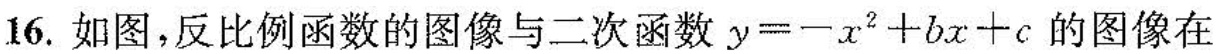
16.如图，反比例函数的图像与二次函数$$y = - x ^ { 2 } + b x + c$$的图像在